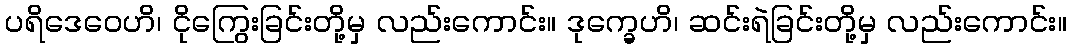
ပရိဒေဝေဟိ၊ ငိုကြွေးခြင်းတို့မှ လည်းကောင်း။ ဒုက္ခေဟိ၊ ဆင်းရဲခြင်းတို့မှ လည်းကောင်း။